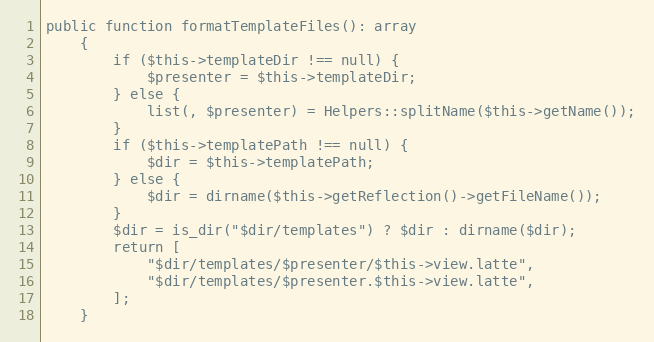
Language: PHP
public function formatTemplateFiles(): array
	{
		if ($this->templateDir !== null) {
			$presenter = $this->templateDir;
		} else {
			list(, $presenter) = Helpers::splitName($this->getName());
		}
		if ($this->templatePath !== null) {
			$dir = $this->templatePath;
		} else {
			$dir = dirname($this->getReflection()->getFileName());
		}
		$dir = is_dir("$dir/templates") ? $dir : dirname($dir);
		return [
			"$dir/templates/$presenter/$this->view.latte",
			"$dir/templates/$presenter.$this->view.latte",
		];
	}